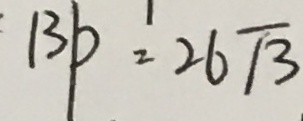
1 3 p = 2 6 \sqrt { 3 }